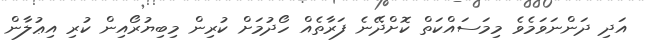
އަދި ދަންނަވަމެވެ މިމަސައްކަތް ކޮށްދޭނެ ފަރާތެއް ހޯދުމަށް ކުރިން މިބިޔުރޯއިން ކުރި އިޢުލާން